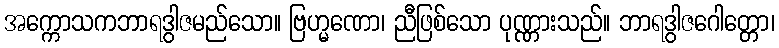
အက္ကောသကဘာရဒွါဇမည်သော။ ဗြဟ္မဏော၊ ညီဖြစ်သော ပုဏ္ဏားသည်။ ဘာရဒွါဇဂေါတ္တော၊